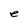
Character: e